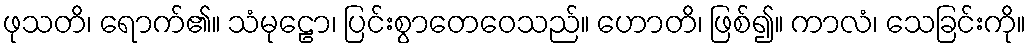
ဖုသတိ၊ ရောက်၏။ သံမုဠော၊ ပြင်းစွာတေဝေသည်။ ဟောတိ၊ ဖြစ်၍။ ကာလံ၊ သေခြင်းကို။